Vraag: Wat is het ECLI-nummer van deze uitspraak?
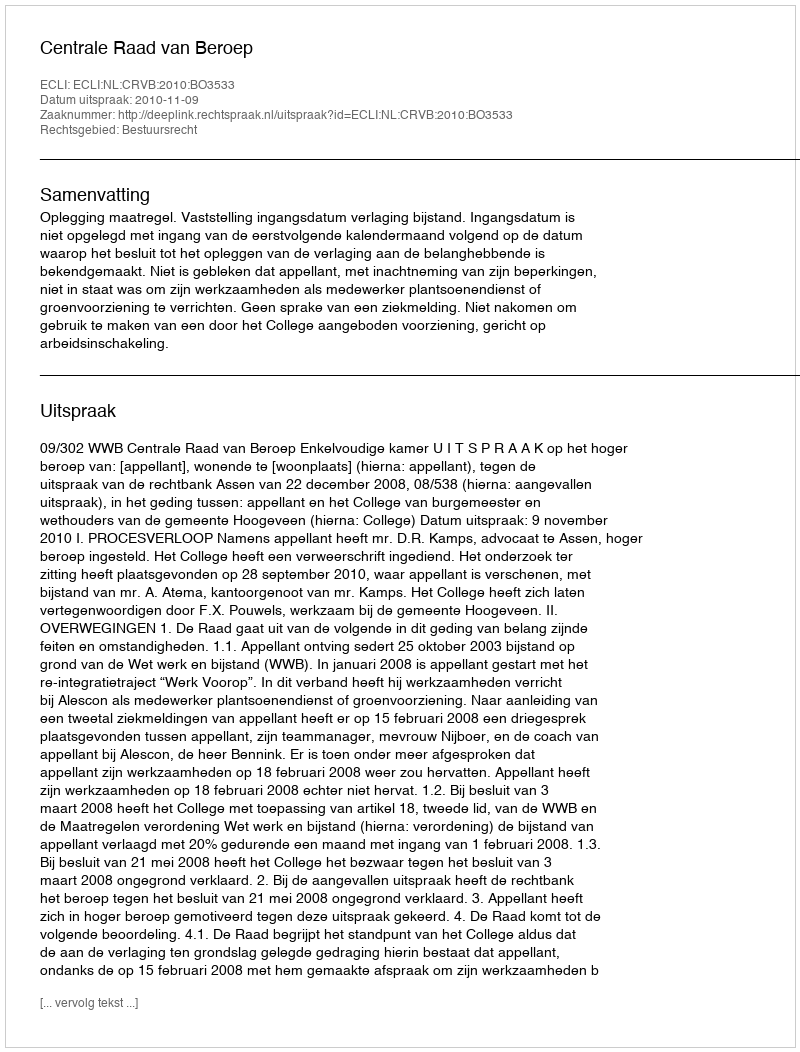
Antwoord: ECLI:NL:CRVB:2010:BO3533